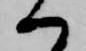
へ